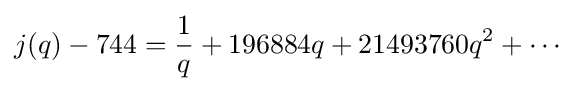
j(q)-744={1 \over q}+196884q+21493760q^{2}+\cdots